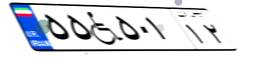
۵۵W۵۰۱۱۲